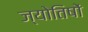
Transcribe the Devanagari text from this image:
ज्याेतिषाें